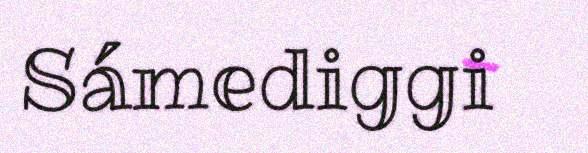
Sámediggi